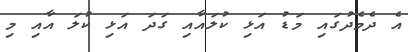
އެ ދެމެދުގައި މަޑު އަޅި ކުލައާއި ގަދަ އަޅި ކުލަ އާއި މި